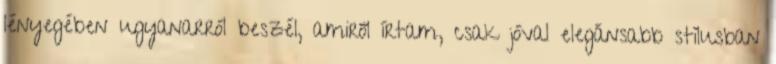
lényegében ugyanarról beszél, amiről írtam, csak jóval elegánsabb stílusban